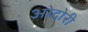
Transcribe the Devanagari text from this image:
ओदोरी